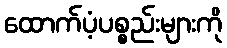
ထောက်ပံ့ပစ္စည်းများကို